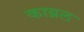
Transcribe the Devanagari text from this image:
काब्रल